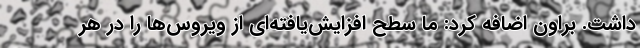
داشت. براون اضافه کرد: ما سطح افزایش‌یافته‌ای از ویروس‌ها را در هر